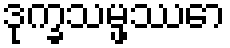
ဒုက္ခသမ္ဖဿော